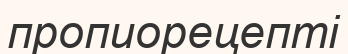
пропиорецепті